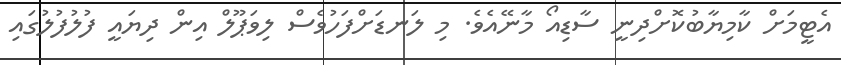
އެޓީމަށް ކާމިޔާބުކޮށްދިނީ ސާޑިއޯ މާނޭއެވެ. މި ލަނޑަށްފަހުވެސް ލިވަޕޫލް އިން ދިޔައީ ފުލުފުލުގައި